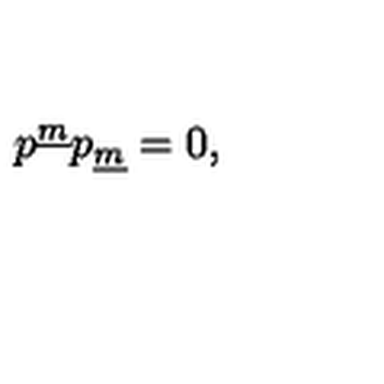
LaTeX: p ^ { \underline { m } } p _ { \underline { m } } = 0 ,